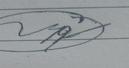
Signature authenticity: forged